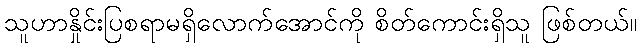
သူဟာနှိုင်းပြစရာမရှိလောက်အောင်ကို စိတ်ကောင်းရှိသူ ဖြစ်တယ်။